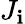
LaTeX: J_{\mathbf{i}}